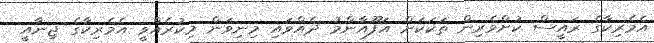
އެމެރިކާގެ ރައީސް ކުށްވެރިން ތަކަކަށް އަފޫއާންމު ދެއްވައި މިނިވަން މިކުރެއްވީ އެމެރިކާގެ ޖިނާއީ